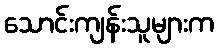
သောင်းကျန်းသူများက